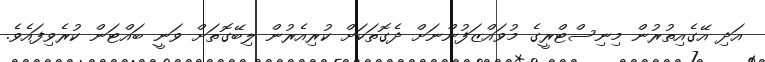
އަދި އޭގެއިތުރުން މިނިސްޓްރީގެ މުވައްޒަފުންނަށް ދެގޮތަކަށް ކުރިއެރުން ލިބޭގޮތަށް ވަނީ ބައްޓަން ކުރެވިފައެވެ.